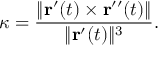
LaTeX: \kappa = { \frac { \| \mathbf { r } ^ { \prime } ( t ) \times \mathbf { r } ^ { \prime \prime } ( t ) \| } { \| \mathbf { r } ^ { \prime } ( t ) \| ^ { 3 } } } .